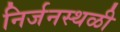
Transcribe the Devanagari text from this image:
निर्जनस्थळी